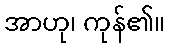
အာဟု၊ ကုန်၏။